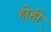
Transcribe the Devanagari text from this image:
होही